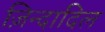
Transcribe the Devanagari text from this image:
ज़िन्दादिल